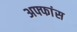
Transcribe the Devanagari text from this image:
अफ्फांस